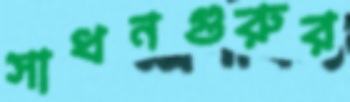
সাধনগুরুর